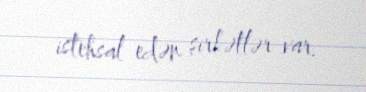
istehsal edən şirkətlər var.